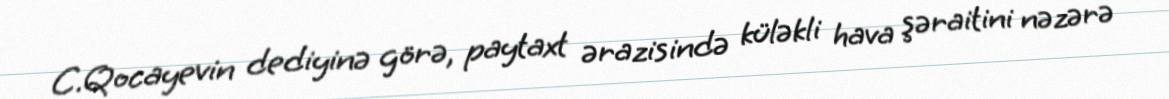
C.Qocayevin dediyinə görə, paytaxt ərazisində küləkli hava şəraitini nəzərə